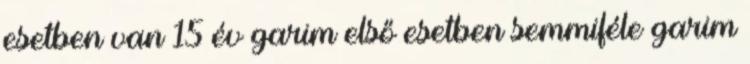
esetben van 15 év garim első esetben semmiféle garim